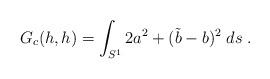
LaTeX: \begin{align*}G_c(h,h)= \int_{S^1} 2 a^2 +(\tilde b-b)^2\; ds\;.\end{align*}